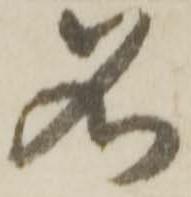
名